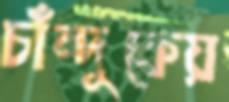
চাঁন্দুকেয়